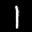
Label: 1